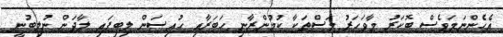
އެހެންނަމަވެސް ބޮކަރު މާވަހަރު މަސްތަކާ ކުމުންޒާނި ހަބަރާއި ހުއިސަން ލިބިފައި ލާދަން ނުލިބުނީ